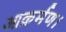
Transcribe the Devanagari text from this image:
आक्रर्मण।